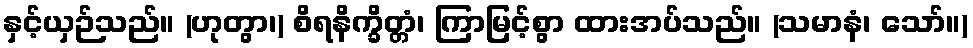
နှင့်ယှဉ်သည်။ (ဟုတွာ၊) စိရနိက္ခိတ္တံ၊ ကြာမြင့်စွာ ထားအပ်သည်။ (သမာနံ၊ သော်။)